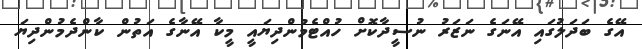
އޭގެ ބަދަލުގައި އޭނަގެ ނަޒަރު ނުސީދާކޮށް ހުއްޓެމުންދިޔައީ މީކާ އޭނާގެ އަތުން ކާންދެމުންދިޔަ